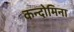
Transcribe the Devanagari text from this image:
कन्दोमिना